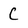
Character: C